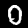
Digit: 0